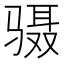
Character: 䯅